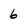
Character: 6